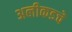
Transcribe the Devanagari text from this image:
अलीकडचे